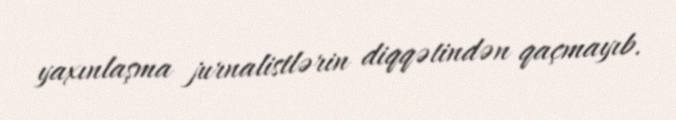
yaxınlaşma jurnalistlərin diqqətindən qaçmayıb.